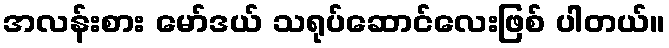
အလန်းစား မော်ဒယ် သရုပ်ဆောင်လေးဖြစ် ပါတယ်။